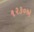
૧૨૩૦એ